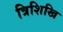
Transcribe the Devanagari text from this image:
त्रिशिखि